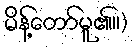
မိန့်တော်မူ၏။)